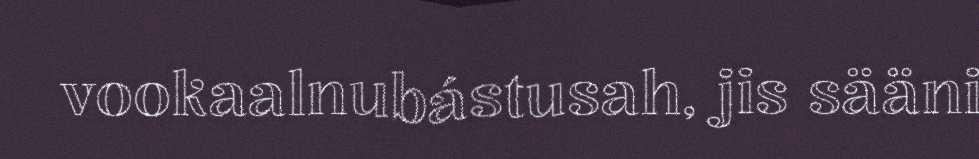
vookaalnubástusah, jis sääni